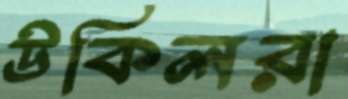
উকিলরা